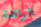
الرائدة